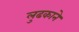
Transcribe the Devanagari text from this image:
लुढकाने